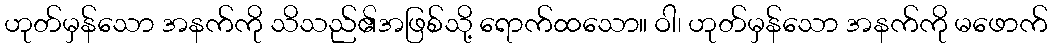
ဟုတ်မှန်သော အနက်ကို သိသည်၏အဖြစ်သို့ ရောက်ထသော။ ဝါ၊ ဟုတ်မှန်သော အနက်ကို မဖောက်